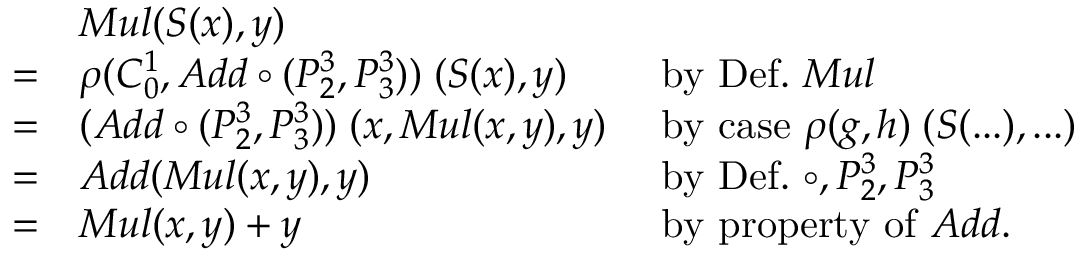
{ \begin{array} { l l l } & { M u l ( S ( x ) , y ) } \\ { = } & { \rho ( C _ { 0 } ^ { 1 } , A d d \circ ( P _ { 2 } ^ { 3 } , P _ { 3 } ^ { 3 } ) ) \; ( S ( x ) , y ) } & { { \mathrm { ~ b y ~ D e f . ~ } } M u l } \\ { = } & { ( A d d \circ ( P _ { 2 } ^ { 3 } , P _ { 3 } ^ { 3 } ) ) \; ( x , M u l ( x , y ) , y ) } & { { \mathrm { ~ b y ~ c a s e ~ } } \rho ( g , h ) \; ( S ( . . . ) , . . . ) } \\ { = } & { A d d ( M u l ( x , y ) , y ) } & { { \mathrm { ~ b y ~ D e f . ~ } } \circ , P _ { 2 } ^ { 3 } , P _ { 3 } ^ { 3 } } \\ { = } & { M u l ( x , y ) + y } & { { \mathrm { ~ b y ~ p r o p e r t y ~ o f ~ } } A d d . } \end{array} }